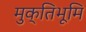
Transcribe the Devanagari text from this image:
मुक्तिभूमि